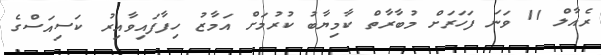
ރެއާލް 11 ވަނަ ފަހަރަށް މުބާރާތް ކާމިޔާބު ކުރުމަށް އަމާޒު ހިފާފައިވާއިރު ކަސިއަސްގެ